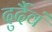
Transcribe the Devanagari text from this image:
दुर्दैवं